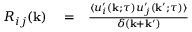
\begin{array} { r l r } { { \cal { R } } _ { i j } ( { \bf { k } } ) } & { { } = } & { \frac { \langle { u _ { i } ^ { \prime } ( { \bf { k } } ; \tau ) u _ { j } ^ { \prime } ( { \bf { k } } ^ { \prime } ; \tau ) } \rangle } { \delta ( { \bf { k } } + { \bf { k } } ^ { \prime } ) } } \end{array}